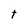
Character: t